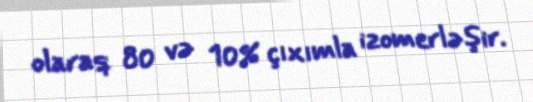
olaraq 80 və 10% çıxımla izomerləşir.